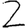
Digit: 2